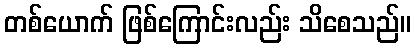
တစ်ယောက် ဖြစ်ကြောင်းလည်း သိစေသည်။